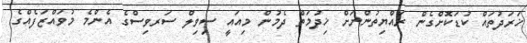
ޚަރަދުތައް ކުޑަކޮށްގެން ރައްޔިތުންނަށް ޚިދުމަތް ދެމުން މިއައީ ސިވިލް ސަރވިސްގެ އެންމެ މުވައްޒަފެއްގެ